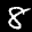
Label: 8